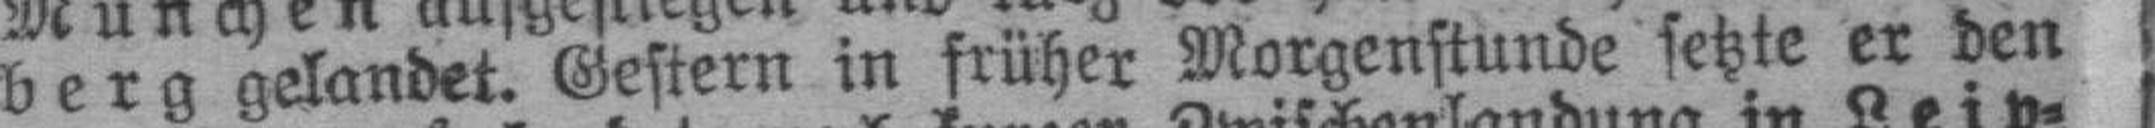
berg gelandet. Gestern in früher Morgenstunde setzte er den